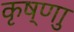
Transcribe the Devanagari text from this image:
कृष्णाु